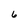
Character: 6